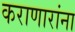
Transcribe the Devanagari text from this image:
कराणारांना